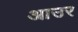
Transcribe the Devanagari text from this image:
आउर